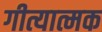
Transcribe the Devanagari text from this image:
गीत्यात्मक